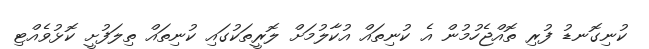
ކުނިގޮނޑު ފުރި ތޮއްޖެހުމުން އެ ކުނިތައް އުކާލުމަށް ލޮރީތަކުގައި ކުނިތައް ތިލަފުށީ ކޮޅުވެއްޓި